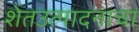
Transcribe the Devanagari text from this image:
शेतउत्पादनाचा